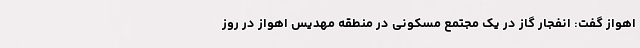
اهواز گفت: انفجار گاز در یک مجتمع مسکونی در منطقه مهدیس اهواز در روز